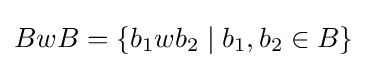
BwB=\{b_{1}wb_{2}\mid b_{1},b_{2}\in B\}